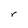
Character: r